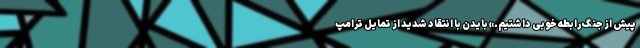
پیش از جنگ رابطه خوبی داشتیم.» بایدن با انتقاد شدید از تمایل ترامپ